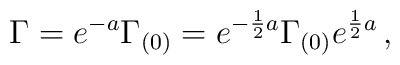
\Gamma=e^{-a}\Gamma_{(0)}= e^{-{1\over2}a}\Gamma_{(0)} e^{{1\over2}a}\, ,